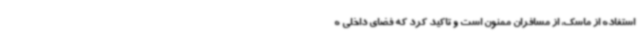
استفاده از ماسک، از مسافران ممنون است و تاکید کرد که فضای داخلی ه